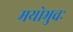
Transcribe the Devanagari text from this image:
मयोभुवः